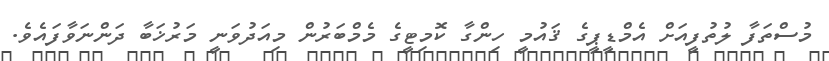
މުސްތަފާ ލުތުފީއަށް އެމްޑީޕީގެ ޤައުމީ ހިންގާ ކޮމިޓީގެ މެމްބަރުން މިއަދުވަނީ މަރުޚަބާ ދަންނަވާފައެވެ.